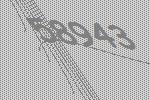
58943